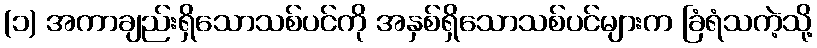
(၁) အကာချည်းရှိသောသစ်ပင်ကို အနှစ်ရှိသောသစ်ပင်များက ခြံရံသကဲ့သို့